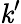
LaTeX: \mathit{k}^{\prime}